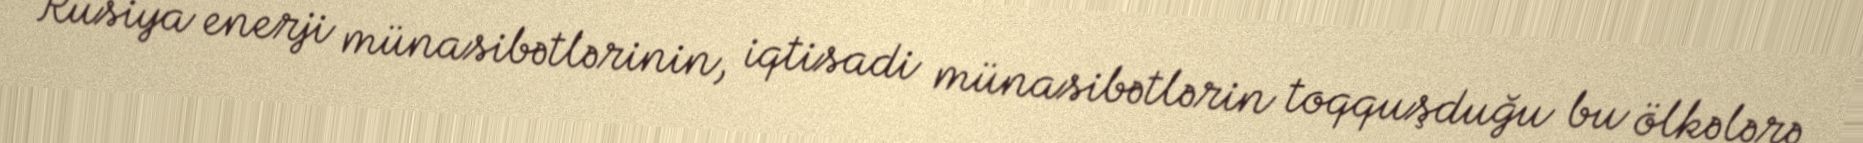
Rusiya enerji münasibətlərinin, iqtisadi münasibətlərin toqquşduğu bu ölkələrə